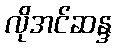
လိုအင်ဆန္ဒ